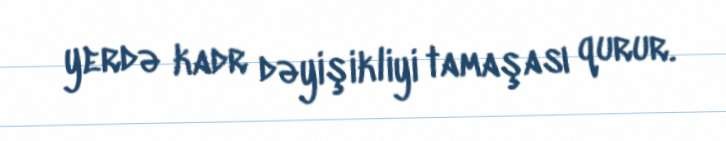
yerdə kadr dəyişikliyi tamaşası qurur.